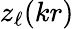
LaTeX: z_{\ell}(kr)